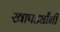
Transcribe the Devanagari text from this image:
खापर्ड्यांनी